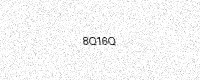
Text: 8Q16Q